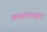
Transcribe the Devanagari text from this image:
वलयापासून